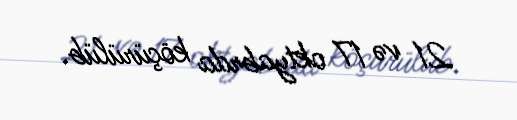
21 və 17 oktyabrda köçürülüb.